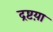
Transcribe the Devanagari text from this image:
द्रष्टय़ा